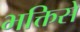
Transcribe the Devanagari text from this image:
भक्तिसे